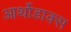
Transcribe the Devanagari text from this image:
आर्थोडाक्स